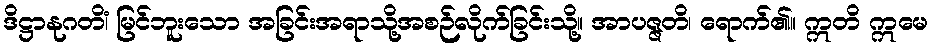
ဒိဋ္ဌာနုဂတိံ၊ မြင်ဘူးသော အခြင်းအရာသို့အစဉ်လိုက်ခြင်းသို့။ အာပဇ္ဇတိ၊ ရောက်၏။ ဣတိ ဣမေ